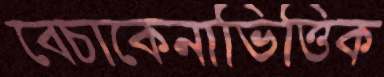
বেচাকেনাভিত্তিক